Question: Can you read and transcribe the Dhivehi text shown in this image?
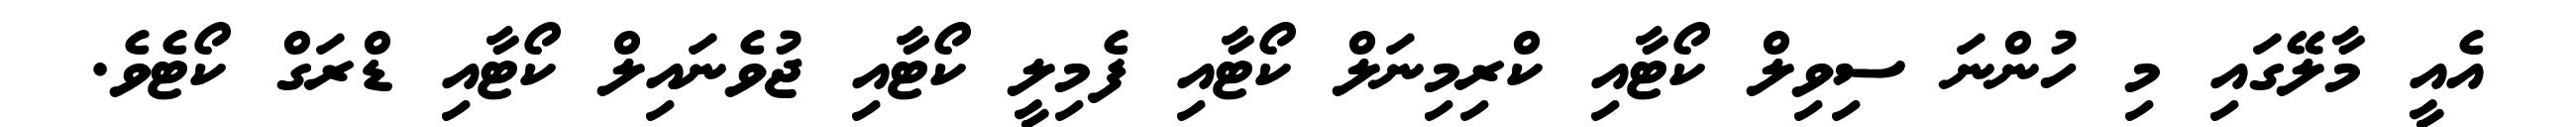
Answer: އެއީ މާލޭގައި މި ހުންނަ ސިވިލް ކޯޓާއި ކްރިމިނަލް ކޯޓާއި ފެމިލީ ކޯޓާއި ޖުވެނައިލް ކޯޓާއި ޑްރަގް ކޯޓެވެ.